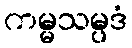
ကမ္မသမ္ပဒံ